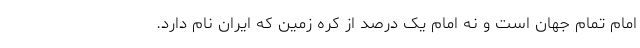
امام تمام جهان است و نه امام یک درصد از کره زمین که ایران نام دارد.